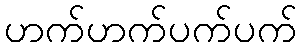
ဟက်ဟက်ပက်ပက်